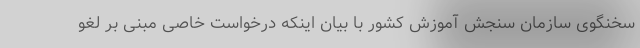
سخنگوی سازمان سنجش آموزش کشور با بیان اینکه درخواست خاصی مبنی بر لغو